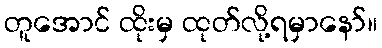
တူအောင် ထိုးမှ ထုတ်လို့ရမှာနော်။